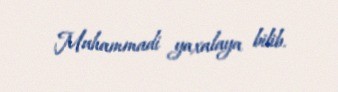
Muhammadi yaxalaya bilib.